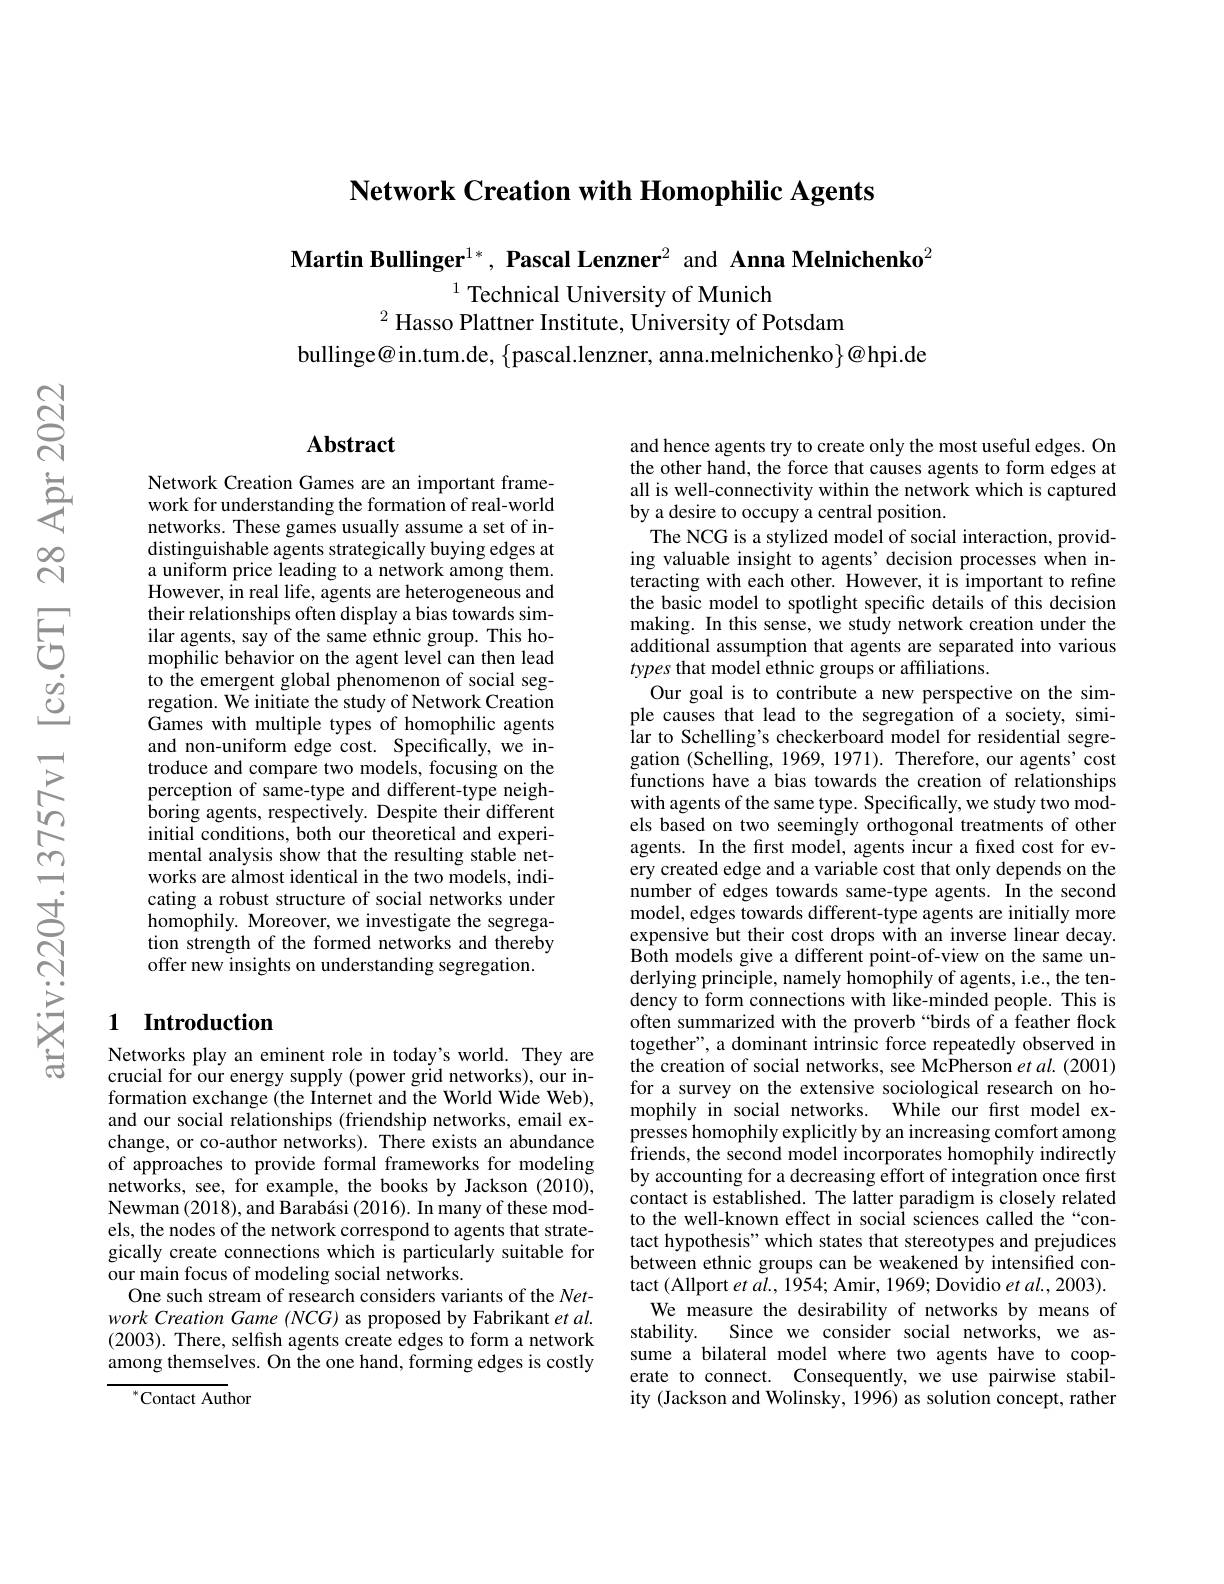
$\textbf{Network Creation with Homophilic Agents}$

$\textbf{Martin Bullinger}^{1*},\textbf{ Pascal Lenzner}^2$ and Anna Melnichenko$^2$
$^{1}$ Technical University of Munich
$^{2}$ Hasso Plattner Institute, University of Potsdam
bullinge@in.tum.de, $\{$pascal.lenzner, anna.melnichenko$\}@$hpi.de

## $\mathbf{Abstract}$

Network Creation Games are an important framework for understanding the formation of real-world networks. These games usually assume a set of indistinguishable agents strategically buying edges at a uniform price leading to a network among them. However, in real life, agents are heterogeneous and their relationships often display a bias towards similar agents, say of the same ethnic group. This homophilic behavior on the agent level can then lead to the emergent global phenomenon of social segregation. We initiate the study of Network Creation Games with multiple types of homophilic agents and non-uniform edge cost. Specifically, we introduce and compare two models, focusing on the perception of same-type and different-type neighboring agents, respectively. Despite their different initial conditions, both our theoretical and experimental analysis show that the resulting stable networks are almost identical in the two models, indicating a robust structure of social networks under homophily. Moreover, we investigate the segregation strength of the formed networks and thereby offer new insights on understanding segregation.

## 1 Introduction

Networks play an eminent role in today's world. They are crucial for our energy supply (power grid networks), our information exchange (the Internet and the World Wide Web), and our social relationships (friendship networks, email exchange, or co-author networks). There exists an abundance of approaches to provide formal frameworks for modeling networks, see, for example, the books by Jackson (2010), Newman $(2018),\bar{\text{and Barabási }}(2016).\bar{\text{In many of these mod-}}$ els, the nodes of the network correspond to agents that strategically create connections which is particularly suitable for our main focus of modeling social networks.
One such stream of research considers variants of the Network Creation Game (NCG) as proposed by Fabrikant et al. (2003). There, selfish agents create edges to form a network among themselves. On the one hand, forming edges is costly

${^{*}\mathrm{Contact~Author}}$

and hence agents try to create only the most useful edges. On the other hand, the force that causes agents to form edges at all is well-connectivity within the network which is captured by a desire to occupy a central position.
The NCG is a stylized model of social interaction, providing valuable insight to agents’decision processes when interacting with each other. However, it is important to refine the basic model to spotlight specific details of this decision making. In this sense, we study network creation under the additional assumption that agents are separated into various types that model ethnic groups or affiliations.
Our goal is to contribute a new perspective on the simple causes that lead to the segregation of a society, similar to Schelling's checkerboard model for residential segregation (Schelling, 1969, 1971). Therefore, our agents' cost functions have a bias towards the creation of relationships with agents of the same type. Specifically, we study two models based on two seemingly orthogonal treatments of other agents. In the first model, agents incur a fixed cost for every created edge and a variable cost that only depends on the number of edges towards same-type agents. In the second model, edges towards different-type agents are initially more expensive but their cost drops with an inverse linear decay. Both models give a different point-of-view on the same underlying principle, namely homophily of agents, i.e., the tendency to form connections with like-minded people. This is often summarized with the proverb“birds of a feather flock together", a dominant intrinsic force repeatedly observed in the creation of social networks, see McPherson et al. (2001) for a survey on the extensive sociological research on homophily in social networks. While our first model expresses homophily explicitly by an increasing comfort among $\hat{\mathrm{friends,~the~second~model~incorporates~homophily~indirectly}}$ by accounting for a decreasing effort of integration once first contact is established. The latter paradigm is closely related to the well-known effect in social sciences called the“contact hypothesis" which states that stereotypes and prejudices between ethnic groups can be weakened by intensified contact (Allport $et\textit{al. ,  1954;  Amir,  1969;  Dovidio et al. ,  2003) . }$
We measure the desirability of networks by means of
stability.
Since we consider social networks, we as-
sume a bilateral model where two agents have to cooperate to connect. Consequently, we use pairwise stability (Jackson and Wolinsky, 1996) as solution concept, rather